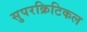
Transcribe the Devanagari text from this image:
सुपरक्रिटिकल